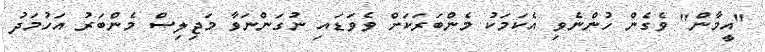
"އީމާން" ވެގެން ހުންނެވި އެކަމަކު މެންބަރަކަށް ވެވަޑައި ނުގަންނަވާ މަޖިލިސް މެންބަރު އަހުމަދު